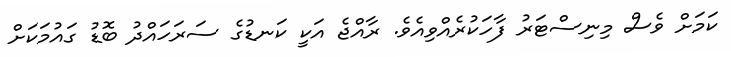
ކަމަށް ވެސް މިނިސްޓަރު ފާހަކުރެއްވިއެވެ. ރާއްޖެ އަކީ ކަނޑުގެ ސަރަހައްދު ބޮޑު ގައުމަކަށް